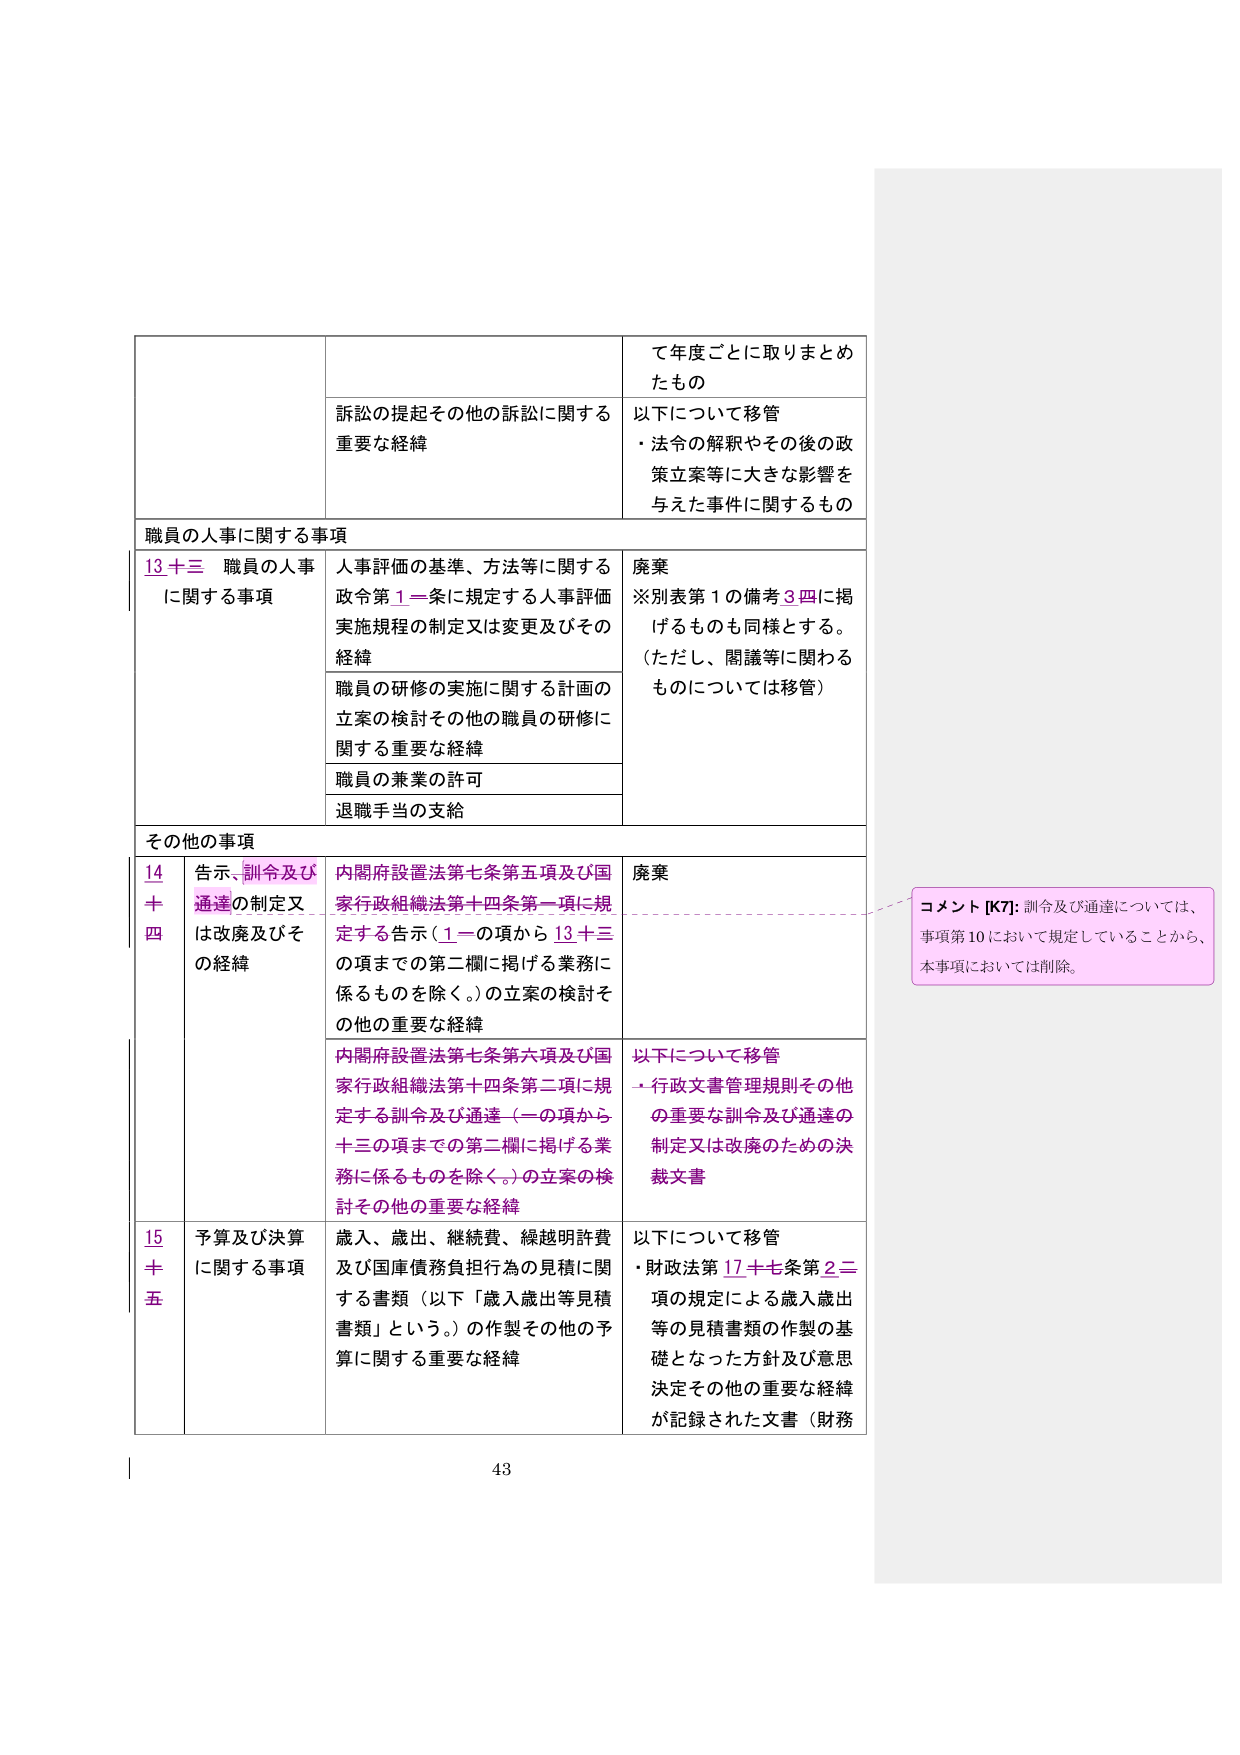
職員の人事に関する事項

13 十三 職員の人事に関する事項
人事評価の基準、方法等に関する政令第1一条に規定する人事評価実施規程の制定又は変更及びその経緯
職員の研修の実施に関する計画の立案の検討その他の職員の研修に関する重要な経緯
職員の兼業の許可
退職手当の支給

その他の事項

14 十四 告示、訓令及び通達の制定又は改廃及びその経緯
内閣府設置法第七条第五項及び国家行政組織法第十四条第一項に規定する告示（1一の項から13十三の項までの第二欄に掲げる業務に係るものを除く。）の立案の検討その他の重要な経緯
内閣府設置法第七条第六項及び国家行政組織法第十四条第二項に規定する訓令及び通達（一の項から十三の項までの第二欄に掲げる業務に係るものを除く。）の立案の検討その他の重要な経緯

15 十五 予算及び決算に関する事項
歳入、歳出、継続費、繰越明許費及び国庫債務負担行為の見積に関する書類（以下「歳入歳出等見積書類」という。）の作製その他の予算に関する重要な経緯

て年度ごとに取りまとめたもの
訴訟の提起その他の訴訟に関する重要な経緯
以下について移管
・法令の解釈やその後の政策立案等に大きな影響を与えた事件に関するもの

廃棄
※別表第1の備考3四に掲げるのもも同様とする。
（ただし、閲覧等に関わるものについては移管）

廃棄

以下について移管
・行政文書管理規則その他の重要な訓令及び通達の制定又は改廃のための決裁文書

以下について移管
・財政法第17十七条第2二項の規定による歳入歳出等の見積書類の作製の基礎となった方針及び意思決定その他の重要な経緯が記録された文書（財務

コメント [K7]: 訓令及び通達については、事項第10において規定していることから、本事項においては削除。

43